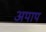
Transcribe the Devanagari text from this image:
अपाप